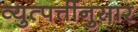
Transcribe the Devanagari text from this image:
व्युत्पत्तींनुसार